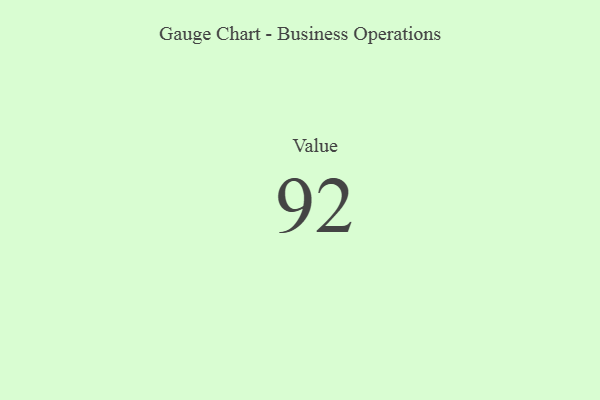
{"axis": {"x": "Metric", "y": "Value"}, "legend": [""], "data": [{"x": "Value", "y": 92, "type": ""}]}